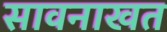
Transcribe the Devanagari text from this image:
सावनाखत